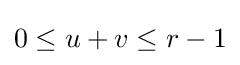
0\leq u+v\leq r-1